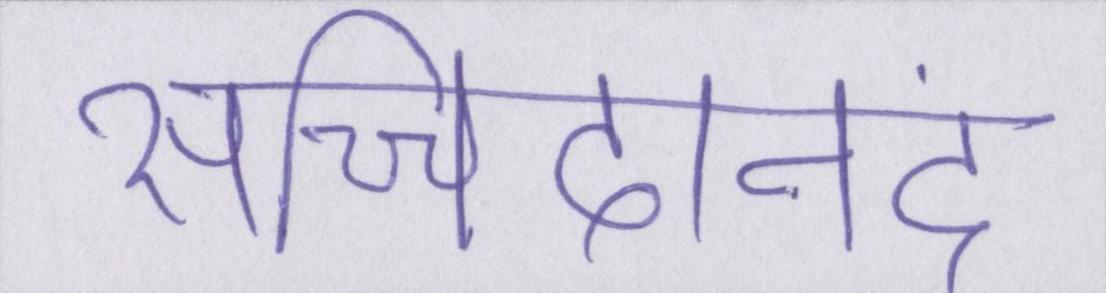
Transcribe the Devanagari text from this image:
सच्चिदानंद